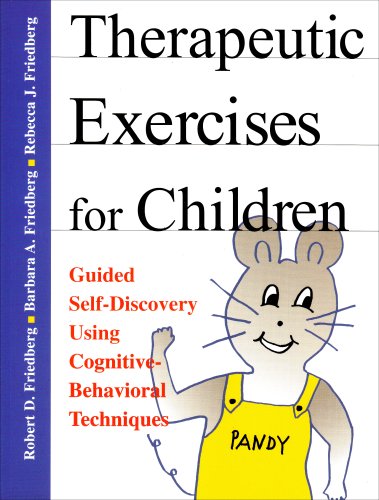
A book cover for Therapeutic Exercises for Children: Guided Self-Discovery Using Cognitive-Behavioral Techniques; Robert D. Friedberg; Parenting & Relationships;